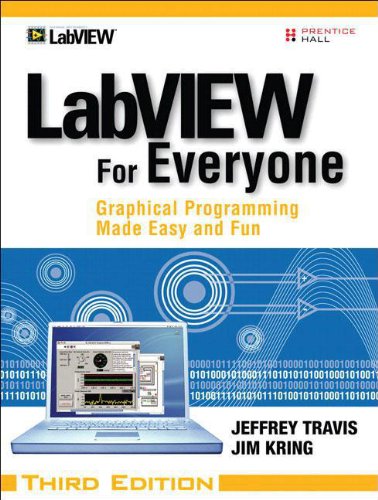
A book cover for LabVIEW for Everyone: Graphical Programming Made Easy and Fun (3rd Edition); Jeffrey Travis; Engineering & Transportation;